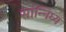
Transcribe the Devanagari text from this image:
सांन्निध्य